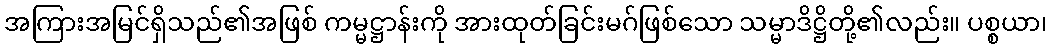
အကြားအမြင်ရှိသည်၏အဖြစ် ကမ္မဋ္ဌာန်းကို အားထုတ်ခြင်းမဂ်ဖြစ်သော သမ္မာဒိဋ္ဌိတို့၏လည်း။ ပစ္စယာ၊